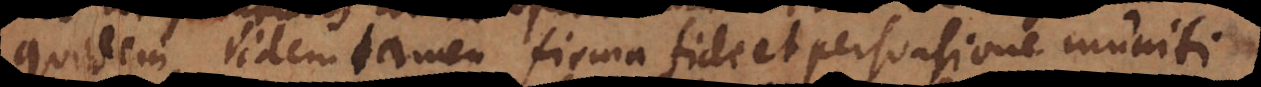
quidem, iidem tamen firma fide et persuasione muniti